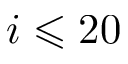
i \leqslant 2 0